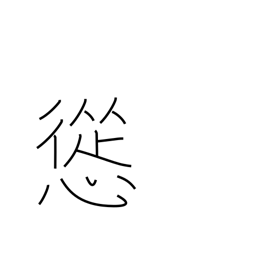
Meaning: persuade